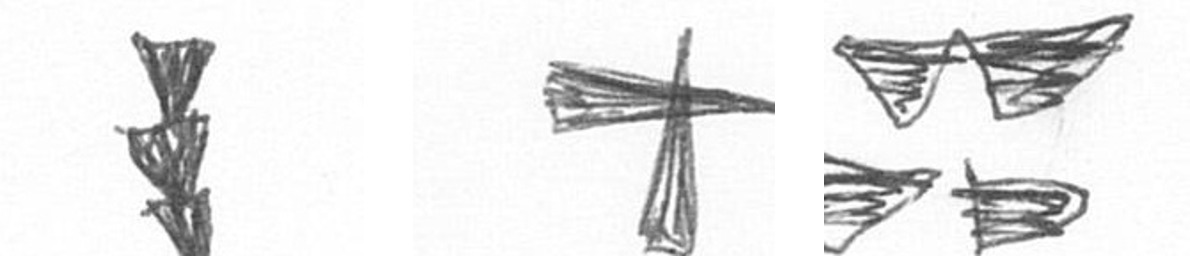
E G B